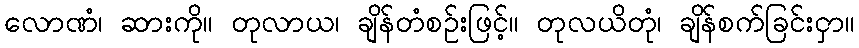
လောဏံ၊ ဆားကို။ တုလာယ၊ ချိန်တံစဉ်းဖြင့်။ တုလယိတုံ၊ ချိန်စက်ခြင်းငှာ။